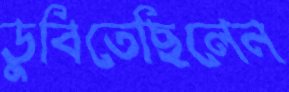
ডুবিতেছিলেন